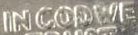
IN GODWE